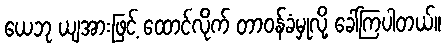
ယေဘု ယျအားဖြင့် ထောင်လိုက် တာဝန်ခံမှုလို့ ခေါ်ကြပါတယ်။